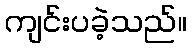
ကျင်းပခဲ့သည်။